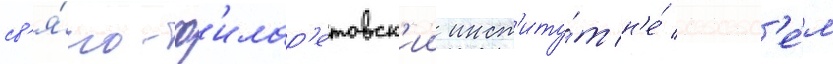
св'я́то-ф'илар'етовск'ии инст'иту́т н'е́ совс'е́м